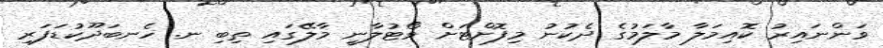
ވަންނައިރު ކޮއިމަލާ މާލަމުގެ ދެކުނު މިފޮށްޓަށް ވޯޓުލާނީ މާލޭގައި ތިބި ނ. ހެނބަދޫކުޑަފަރި